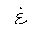
Letter: _gayn